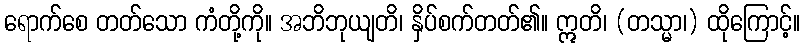
ရောက်စေ တတ်သော ကံတို့ကို။ အဘိဘုယျတိ၊ နှိပ်စက်တတ်၏။ ဣတိ၊ (တသ္မာ၊) ထိုကြောင့်။